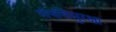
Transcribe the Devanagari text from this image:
संपत्तिसुरक्षा